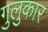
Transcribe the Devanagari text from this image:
गुलुकार